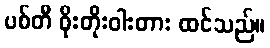
ပစ်တီ ဝိုးတိုးဝါးတား ထင်သည်။